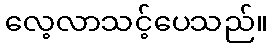
လေ့လာသင့်ပေသည်။